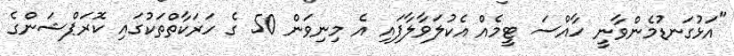
"އަޅުގަނޑުމެންވާނީ ހާއްސަ ޓީމެއް އެކުލަވާލާފައި އެ މިނިވަން 50 ގެ ހަރަކާތްތަކުގައި ކޮރަޕްޝަންގެ